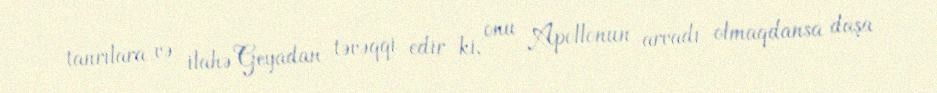
tanrılara və ilahə Geyadan təvəqqi edir ki, onu Apollonun arvadı olmaqdansa daşa